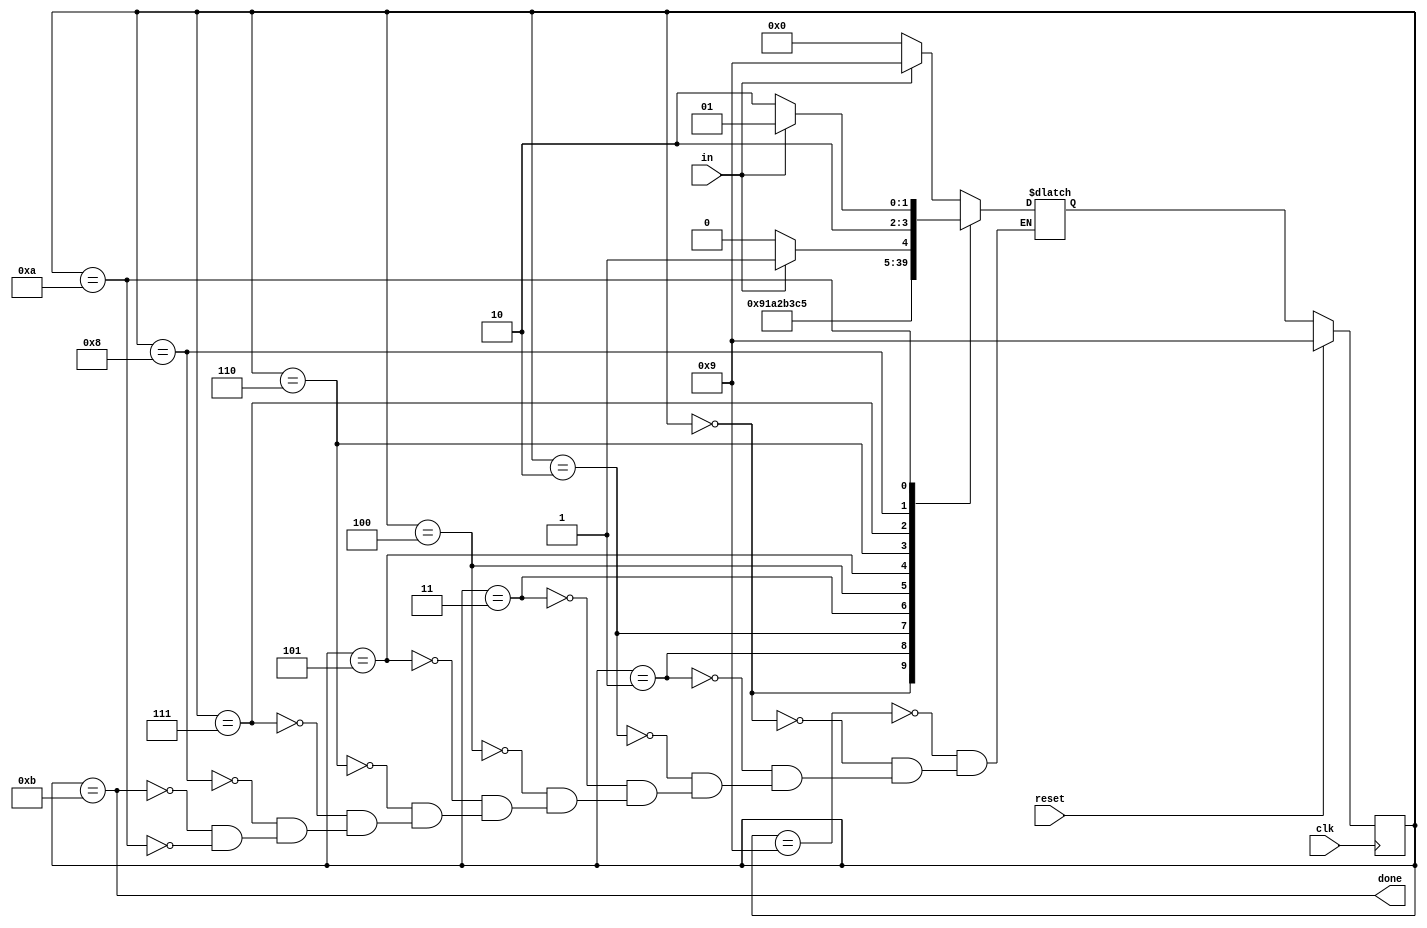
module top_module(
    input clk,
    input in,
    input reset,    // Synchronous reset
    output done
); 

    //-------------Internal Constants-----------------
    parameter START=0, B1=1, B2=2, B3=3, B4=4, B5=5, B6=6, B7=7, B8=8, IDLE=9, WAIT=10, DONE=11;  // States 
    //-------------Internal Variables-----------------
    reg [3:0] state, next_state; //Used binary encoding, 4 state bits required for 12 states.

    // State transition logic - Combinational Logic
    always @(*) begin
        case(state)
            IDLE : next_state = in ? IDLE : START;
            START : next_state = B1;
            B1 : next_state = B2;
            B2 : next_state = B3;
            B3 : next_state = B4;
            B4 : next_state = B5;
            B5 : next_state = B6;
            B6 : next_state = B7;
			B7 : next_state = B8;
            B8 : next_state = in ? DONE : WAIT;
            DONE : next_state = in ? IDLE : START;
            WAIT : next_state = in ? IDLE : WAIT;
            //default : next_state = 4'bxxx;
        endcase
    end

    // Current state logic - Sequential Logic
    always @(posedge clk) begin
    // synchronous reset
        if(reset)
            state <= IDLE;
        else
            state <= next_state;
    end

    // Output logic - Combinational output logic
    assign done = (state == DONE);
    
endmodule